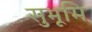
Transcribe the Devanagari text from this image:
सुभूमि